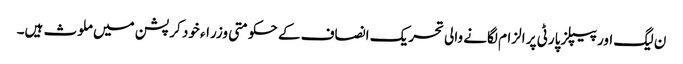
ن لیگ اور پیپلز پارٹی پر الزام لگانے والی تحریک انصاف کے حکومتی وزراء خود کرپشن میں ملوث ہیں۔